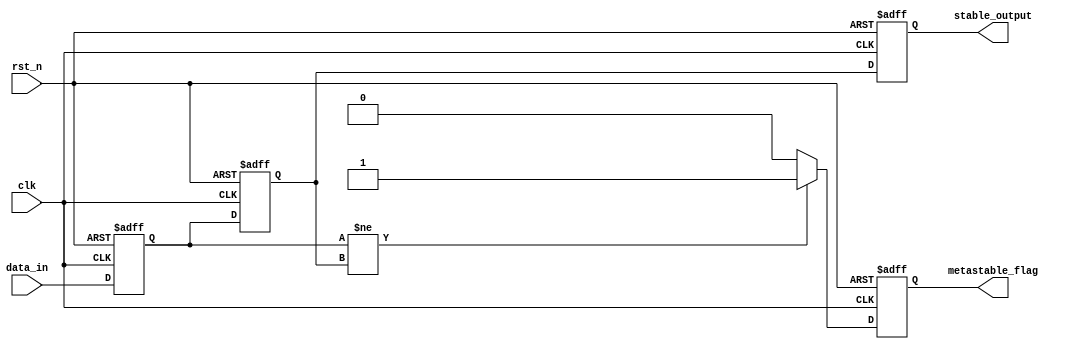
module metastability_detector (
    input wire clk,            // Clock signal
    input wire rst_n,         // Asynchronous active-low reset
    input wire data_in,       // Asynchronous input signal
    output reg metastable_flag,// Output flag indicating metastability
    output reg stable_output   // Synchronized output signal
);

    // Internal signals for flip-flop outputs
    reg ff1_out, ff2_out;

    // Flip-flops for synchronizing the input signal
    always @(posedge clk or negedge rst_n) begin
        if (!rst_n) begin
            ff1_out <= 1'b0; // Reset to known state
        end else begin
            ff1_out <= data_in; // Sample data_in on clock edge
        end
    end

    always @(posedge clk or negedge rst_n) begin
        if (!rst_n) begin
            ff2_out <= 1'b0; // Reset to known state
        end else begin
            ff2_out <= ff1_out; // Sample output of FF1
        end
    end

    // Metastability detection logic
    always @(posedge clk or negedge rst_n) begin
        if (!rst_n) begin
            metastable_flag <= 1'b0; // Reset metastable flag
        end else begin
            // Set the metastable_flag high if FF1 and FF2 outputs are different
            metastable_flag <= (ff1_out != ff2_out) ? 1'b1 : 1'b0;
        end
    end

    // Stable output signal
    always @(posedge clk or negedge rst_n) begin
        if (!rst_n) begin
            stable_output <= 1'b0; // Reset to known state
        end else begin
            stable_output <= ff2_out; // Output the synchronized signal
        end
    end

endmodule